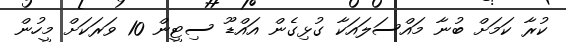
ކުރާ ކަމަށް ބުނާ މައްސަލައަކާ ގުޅިގެން އައްޑޫ ސިޓީން 10 ވަރަކަށް މީހުން